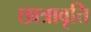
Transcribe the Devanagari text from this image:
छात्रावृत्ति